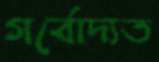
গর্বোদ্যত